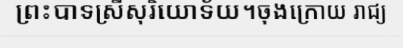
ព្រះបាទស្រីសុរិយោទ័យ។ចុងក្រោយ រាជ្យ